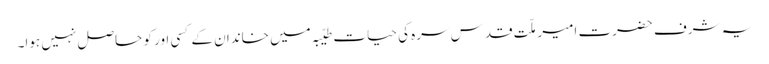
یہ شرف حضرت امیر ملّت قدس سرہ کی حیاتِ طیّبہ میں خاندان کے کسی اور کو حاصل نہیں ہوا۔